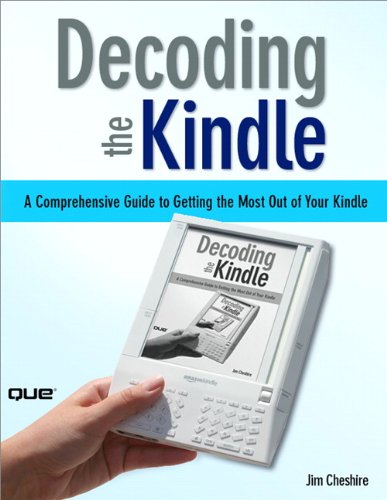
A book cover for Decoding the Kindle: A Comprehensive Guide to Getting the Most Out of Your Kindle; Jim Cheshire; Computers & Technology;